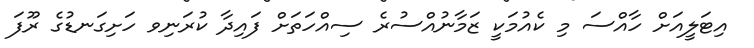
އިޓަލީއަށް ހާއްސަ މި ކެއުމަކީ ޒަމާނުއްސުރެ ސިއްހަތަށް ފައިދާ ކުރަނިވ ހަށިގަނޑުގެ ރޫފަ